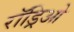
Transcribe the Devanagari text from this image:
रॉड्रिओ